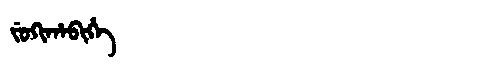
Manchu: ᠵᡠᡴᡳᡥᠠᠪᡳᡥᡝ
Romanization: JUKIHABIHE